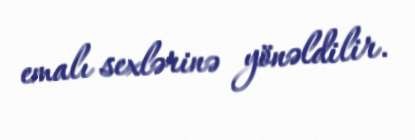
emalı sexlərinə yönəldilir.